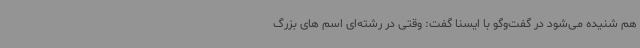
هم شنیده می‌شود در گفت‌وگو با ایسنا گفت: وقتی در رشته‌ای اسم های بزرگ